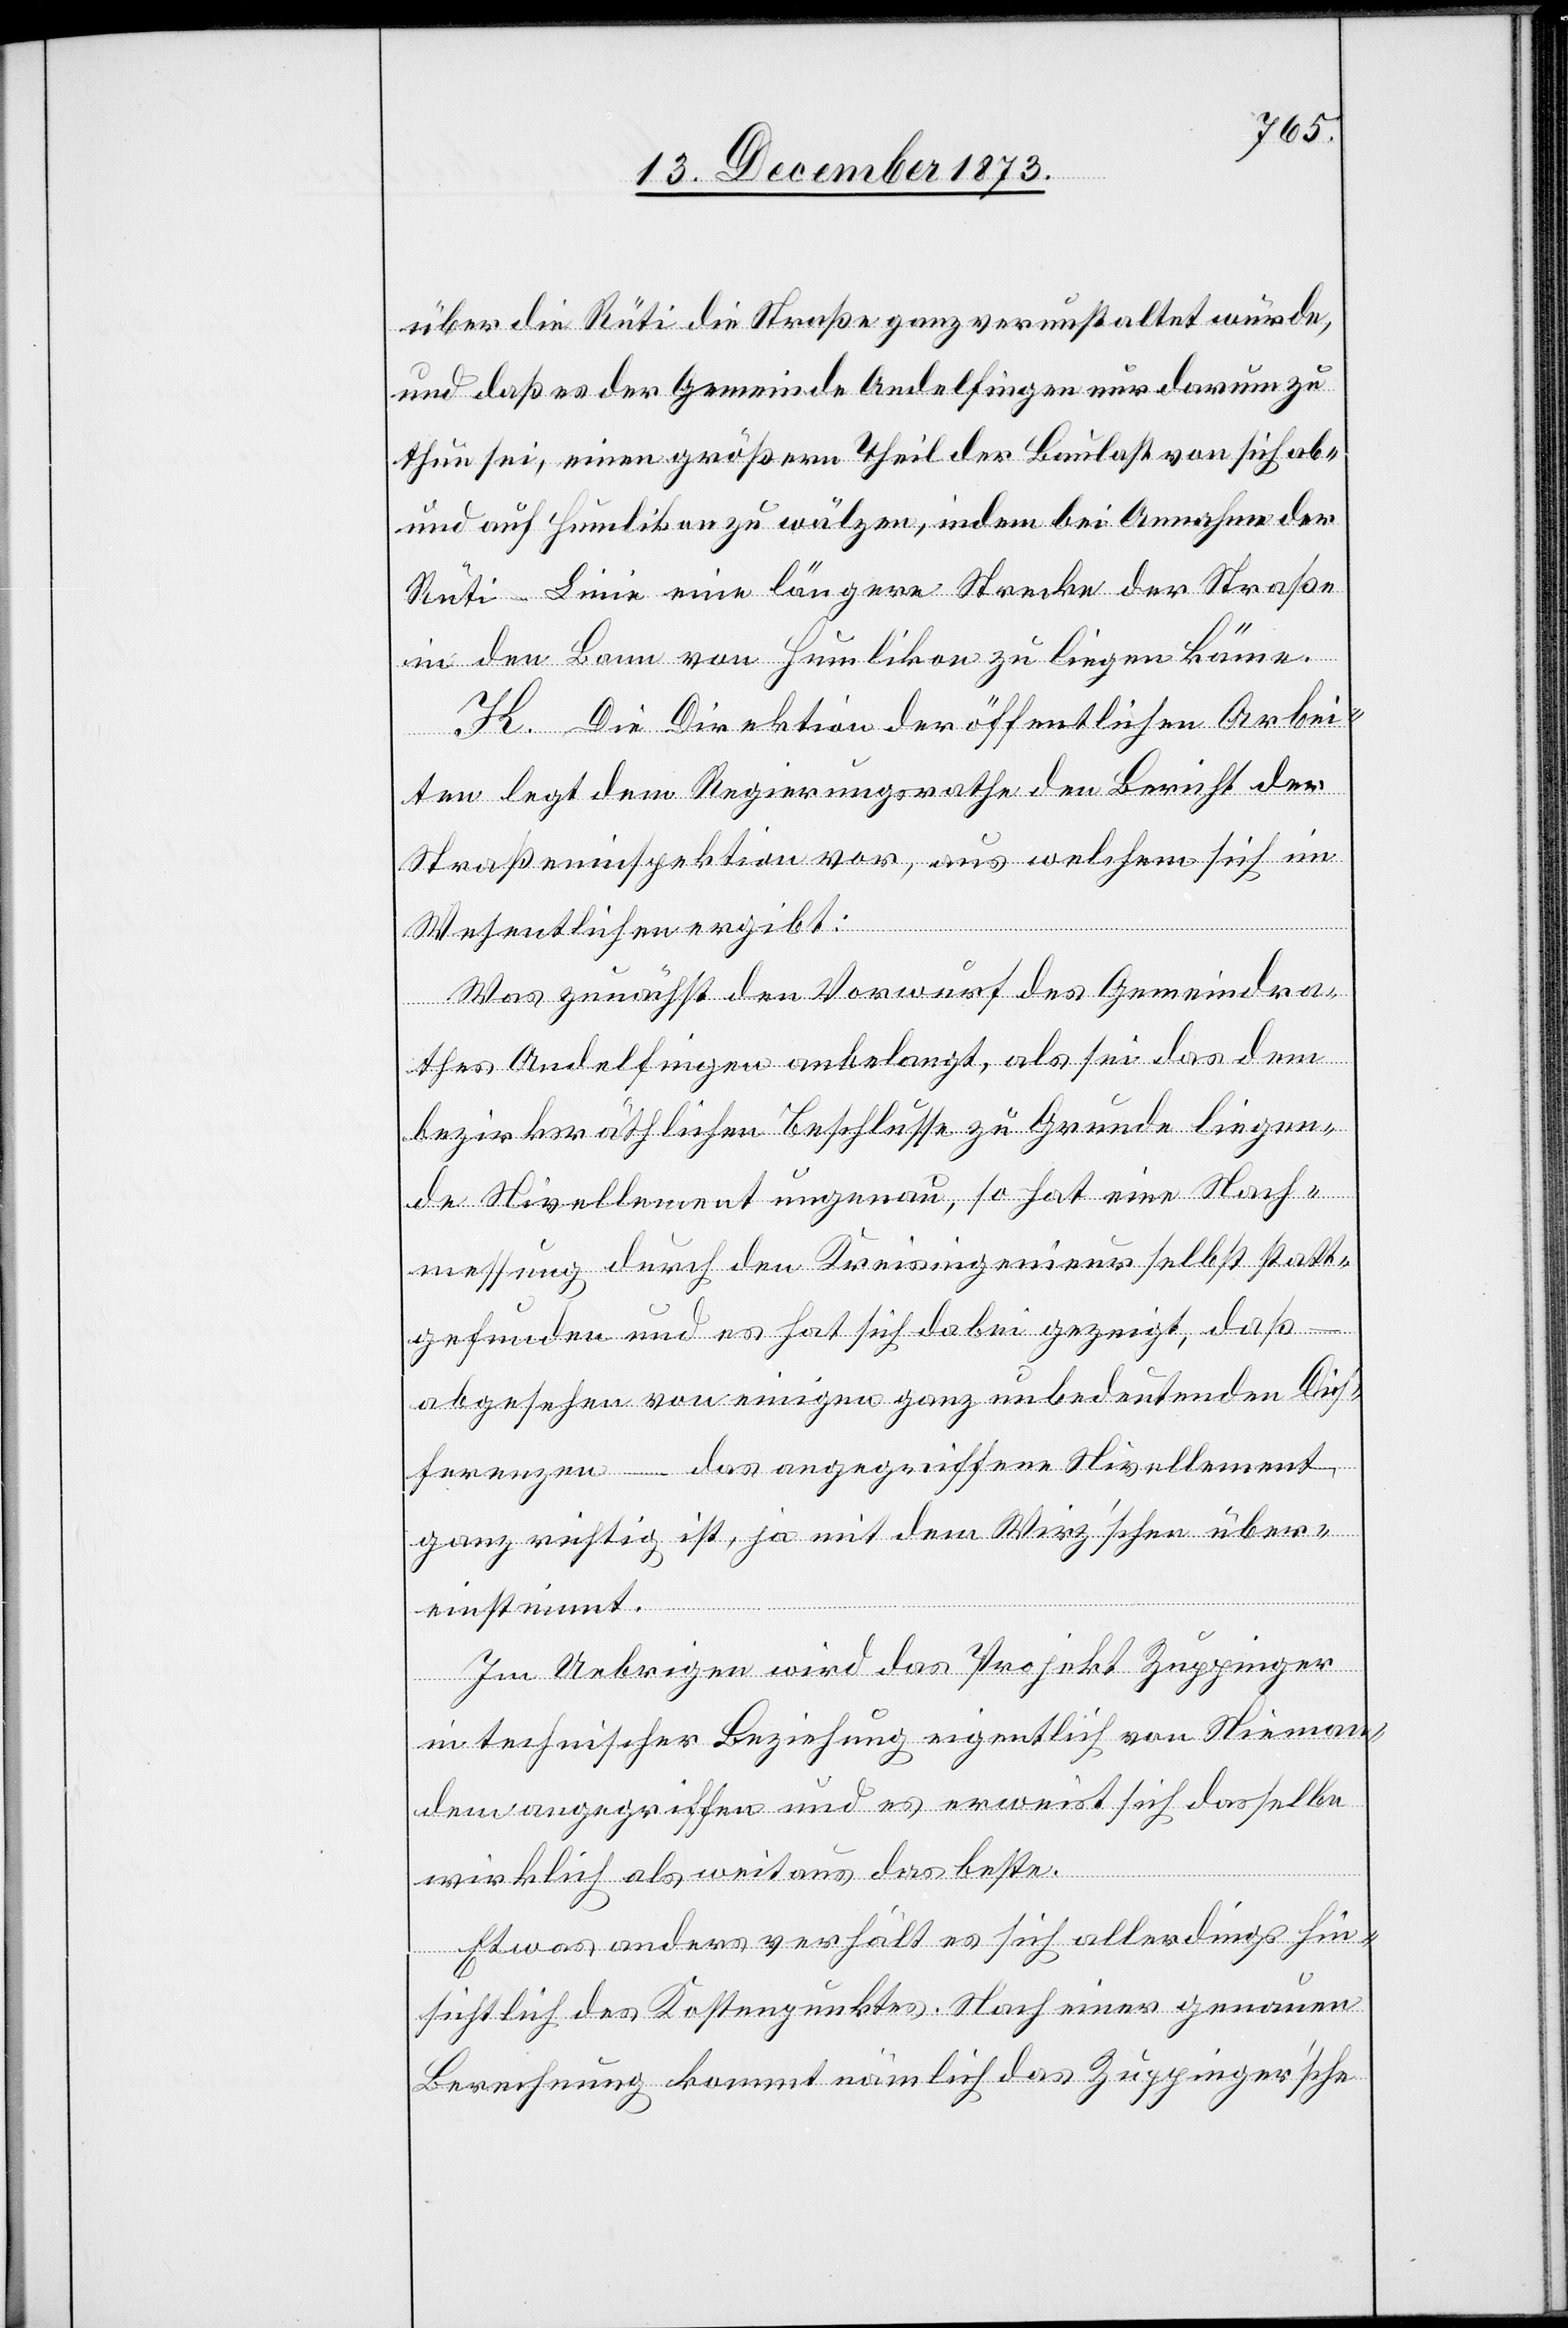
über die Rüti die Straße ganz verunstaltet würde,
und daß es der Gemeinde Andelfingen nur darum zu
thun sei, einen größern Theil der Baulast von sich ab-
und auf Humlikon zu wälzen, indem bei Annahme der
Rüti-Linie eine längere Strecke der Straße
in den Bann von Humlikon zu liegen käme.
K. Die Direktion der öffentlichen Arbei¬
ten legt dem Regierungsrathe den Bericht der
Straßeninspektion vor, aus welchem sich im
Wesentlichen ergibt:
Was zunächst den Vorwurf des Gemeindra¬
thes Andelfingen anbelangt, als sei das dem
bezirksräthlichen Beschlusse zu Grunde liegen¬
de Nivellement ungenau, so hat eine Nach¬
messung durch den Kreisingenieur selbst statt¬
gefunden und es hat sich dabei gezeigt, daß –
abgesehen von einigen ganz unbedeutenden Dif¬
ferenzen – das angegriffene Nivellement
ganz richtig ist, ja mit dem Wirz’schen über¬
einstimmt.
Im Uebrigen wird das Projekt Zuppinger
in technischer Beziehung eigentlich von Nieman¬
dem angegriffen und es erweist sich dasselbe
wirklich als weitaus das beste.
Etwas anders verhält es sich allerdings hin¬
sichtlich des Kostenpunktes. Nach einer genauen
Berechnung kommt nämlich das Zuppinger’sche